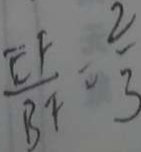
\frac { E F } { B F } = \frac { 2 } { 3 }